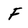
Character: F